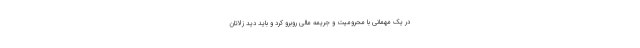
در یک مهمانی با محرومیت و جریمه مالی روبرو کرد و باید دید زلاتان